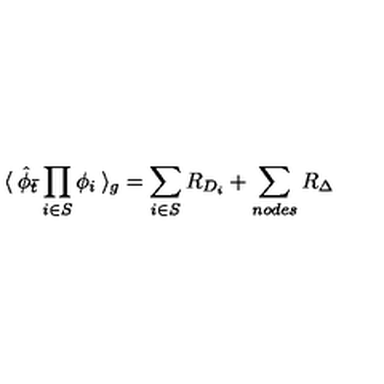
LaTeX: \langle \: { \hat { \phi } } _ { \bar { t } } \prod _ { i \in S } \phi _ { i } \: \rangle _ { g } = \sum _ { i \in S } R _ { D _ { i } } + \sum _ { n o d e s } R _ { \Delta } \,